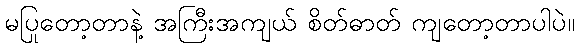
မပြုတော့တာနဲ့ အကြီးအကျယ် စိတ်ဓာတ် ကျတော့တာပါပဲ။